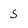
Character: 5